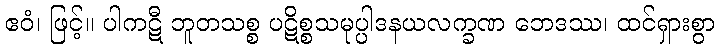
ဧဝံ၊ ဖြင့်။ ပါကဋီ ဘူတသစ္စ ပဋိစ္စသမုပ္ပါဒနယလက္ခဏ ဘေဒဿ၊ ထင်ရှားစွာ